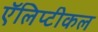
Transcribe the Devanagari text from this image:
ऍलिप्टीकल